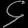
Digit: ၄